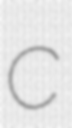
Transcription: C